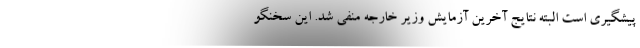
پیشگیری است البته نتایج آخرین آزمایش وزیر خارجه منفی شد. این سخنگو